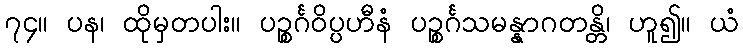
၇၄။ ပန၊ ထိုမှတပါး။ ပဉ္စင်္ဂဝိပ္ပဟီနံ ပဉ္စင်္ဂသမန္နာဂတန္တိ၊ ဟူ၍။ ယံ